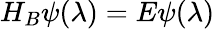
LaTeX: H_{B}\psi(\lambda)=E\psi(\lambda)